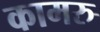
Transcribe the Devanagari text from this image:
कामरु